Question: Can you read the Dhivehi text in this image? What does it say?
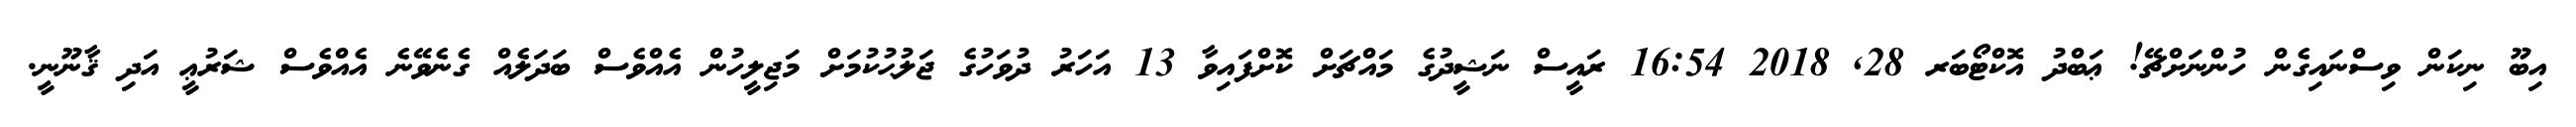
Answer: އިބޫ ނިކަން ވިސްނައިގެން ހުންނަށްޗޭ! ޢަބްދު އޮކްޓޯބަރ 28, 2018 16:54 ރައީސް ނަޝީދުގެ މައްޗަށް ކޮށްފައިވާ 13 އަހަރު ދުވަހުގެ ޖަލުޙުކުމަށް މަޖިލީހުން އެއްވެސް ބަދަލެއް ގެނެވޭނެ އެއްވެސް ޝަރުޢީ އަދި ޤާނޫނީ.